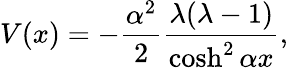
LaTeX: V(x)=-\frac{\alpha^{2}}{2}\frac{\lambda(\lambda-1)}{\cosh^{2}\alpha x},